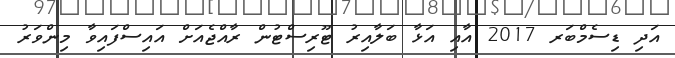
އަދި ޑިސެމްބަރ 2017 އާއި އަޅާ ބަލާއިރު ޓޫރިސްޓުން ރާއްޖެއަށް އައިސްފައިވާ މިންވަރު